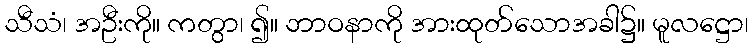
သီသံ၊ အဦးကို။ ကတွာ၊ ၍။ ဘာဝနာကို အားထုတ်သောအခါ၌။ မူလဋ္ဌော၊